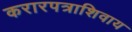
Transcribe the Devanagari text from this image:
करारपत्राशिवाय